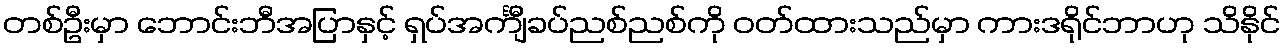
တစ်ဦးမှာ ဘောင်းဘီအပြာနှင့် ရှပ်အင်္ကျီခပ်ညစ်ညစ်ကို ဝတ်ထားသည်မှာ ကားဒရိုင်ဘာဟု သိနိုင်